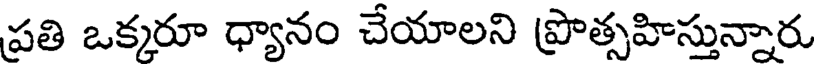
ప్రతి ఒక్కరూ ధ్యానం చేయాలని ప్రొత్సహిస్తున్నారు